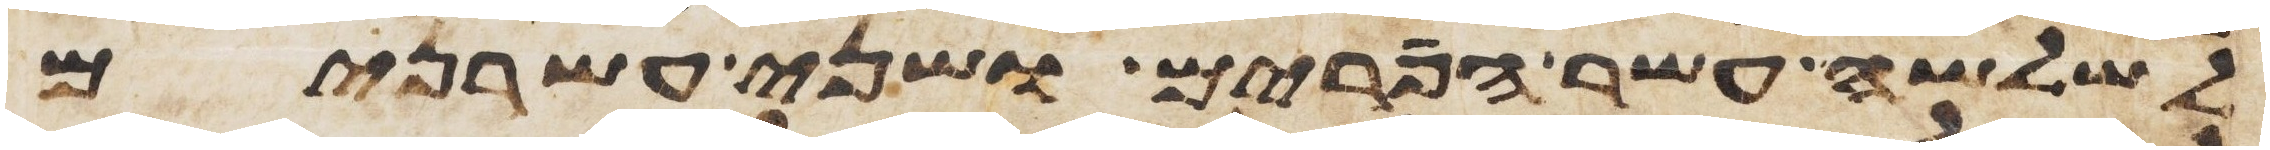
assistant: לשלשה עשר הפרים ושני עשרנים